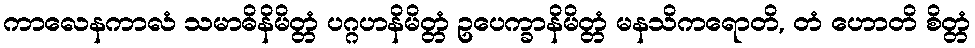
ကာလေနကာလံ သမာဓိနိမိတ္တံ ပဂ္ဂဟနိမိတ္တံ ဥပေက္ခာနိမိတ္တံ မနသိကရောတိ, တံ ဟောတိ စိတ္တံ